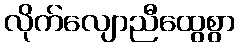
လိုက်လျောညီထွေစွာ